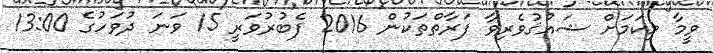
ވީމާ މިކަމަށް ޝައުޤުވެރިވާ ފަރާތްތަކުން 2016 ފެބުރުވަރީ 15 ވަނަ ދުވަހުގެ 13:00